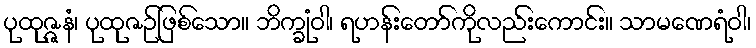
ပုထုဇ္ဇနံ၊ ပုထုဇဉ်ဖြစ်သော။ ဘိက္ခုံဝါ၊ ရဟန်းတော်ကိုလည်းကောင်း။ သာမဏေရံဝါ၊